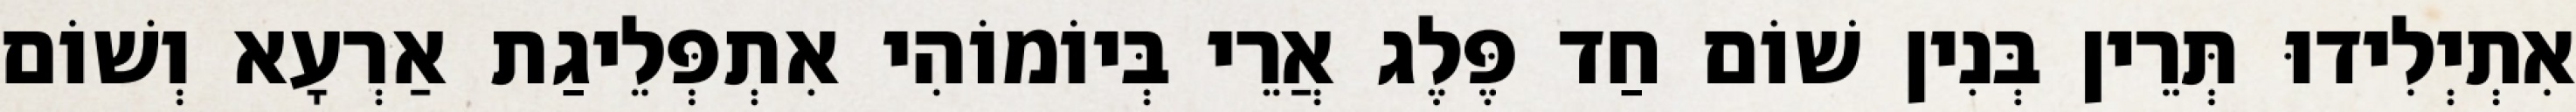
אִתְיְלִידוּ תְּרֵין בְּנִין שׁוֹם חַד פֶּלֶג אֲרֵי בְּיוֹמוֹהִי אִתְפְּלֵיגַת אַרְעָא וְשׁוֹם